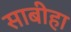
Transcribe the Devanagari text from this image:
साबीहा